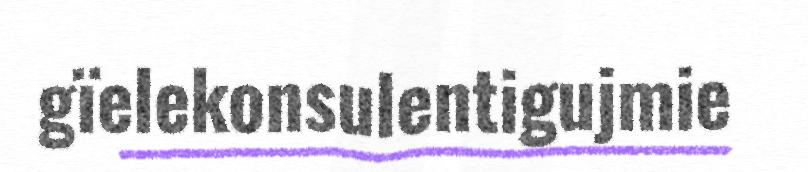
gïelekonsulentigujmie